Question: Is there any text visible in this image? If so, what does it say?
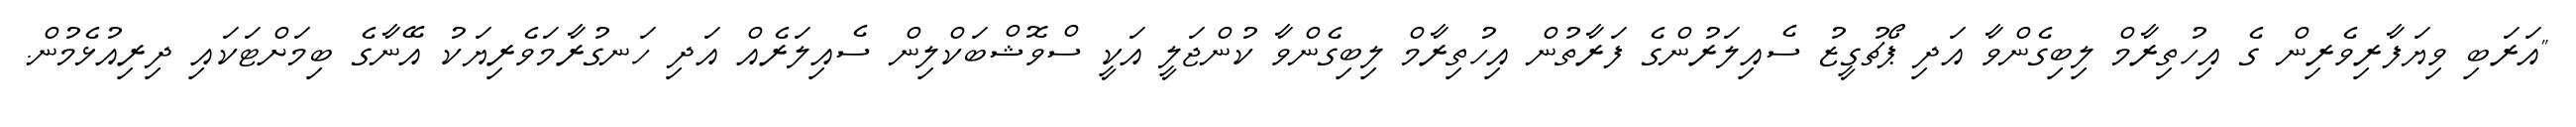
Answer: "އަރަބި ވިޔަފާރިވެރިން ގެ އިހުތިރާމް ލިބިގެންވާ އަދި ޕޯޗުގީޒު ސެއިލަރުންގެ ފަރާތުން އިހުތިރާމް ލިބިގެންވާ ކުންޖަލީ އަކީ ސްވޮޝްބަކްލިން ސެއިލަރެއް އަދި ހަނގުރާމަވެރިޔަކު އޭނާގެ ބިމަށްޓަކައި ދިރިއުޅެމުން.